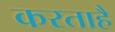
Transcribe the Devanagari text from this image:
करताहै